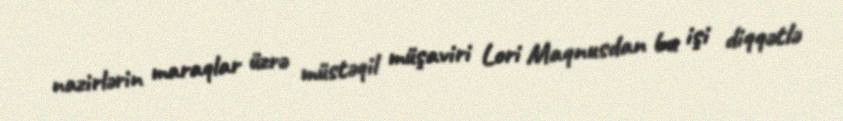
nazirlərin maraqlar üzrə müstəqil müşaviri Lori Maqnusdan bu işi diqqətlə